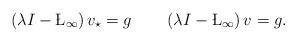
LaTeX: \begin{align*} \left(\lambda I-\L_{\infty}\right)v_{\star}=g\quad\quad\left(\lambda I-\L_{\infty}\right)v=g. \end{align*}